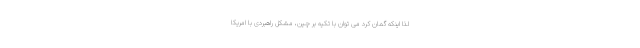
لذا اینکه گمان کرد می توان با تکیه بر چین، مشکل راهبردی با امریکا